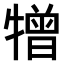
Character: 𤛢